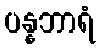
ပန္နဘာရံ